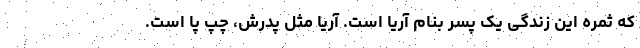
که ثمره این زندگی یک پسر بنام آریا است. آریا مثل پدرش، چپ پا است.